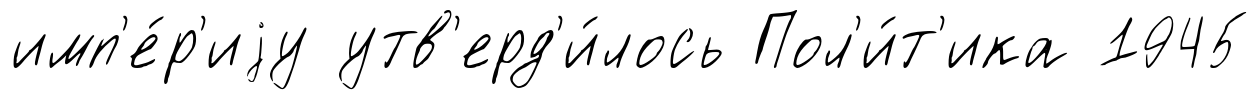
имп'е́р'иjу утв'ерд'и́лось Пол'и́т'ика 1945